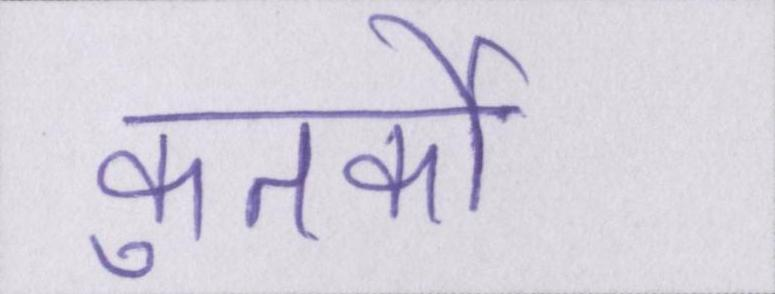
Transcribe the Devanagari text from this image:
कुतर्कों